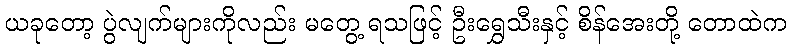
ယခုတော့ ပွဲလျက်များကိုလည်း မတွေ့ ရသဖြင့် ဦးရွှေသီးနှင့် စိန်အေးတို့ တောထဲက